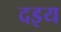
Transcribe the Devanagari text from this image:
दइय